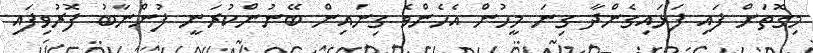
މިގޮތަށް ފައި ފަޅައިގެންދާ ގިނަ މީހުން އެހެންވެ ގިނައިން ބޭނުންކުރަނީ ފުންނާބު ފޮރުވިފައި